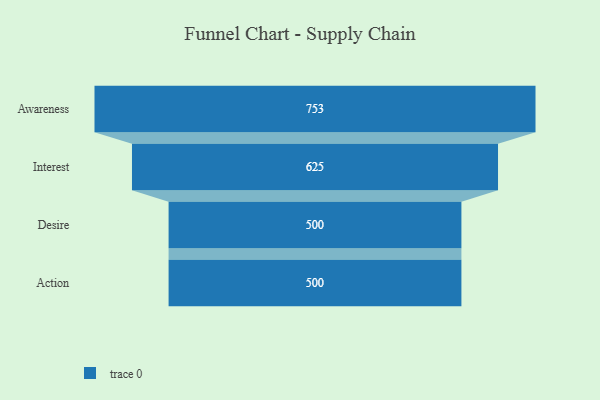
{"axis": {"x": "Stage", "y": "Value"}, "legend": [""], "data": [{"x": "Awareness", "y": 753.0, "type": ""}, {"x": "Interest", "y": 625.0, "type": ""}, {"x": "Desire", "y": 500, "type": ""}, {"x": "Action", "y": 500, "type": ""}]}